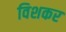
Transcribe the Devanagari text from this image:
विशकर